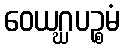
ဝေယဂ္ဃပဉ္စမံ